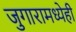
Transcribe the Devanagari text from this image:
जुगारामध्येही